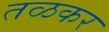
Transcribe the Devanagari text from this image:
तळकर